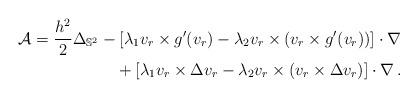
LaTeX: \begin{align*}\mathcal{A}=\frac{h^2}{2}\Delta_{\mathbb{S}^2}&-\left[\lambda_1v_r\times g'(v_r)-\lambda_2v_r\times (v_r\times g'(v_r))\right]\cdot \nabla\\&\quad+\left[\lambda_1v_r\times \Delta v_r-\lambda_2v_r\times (v_r\times \Delta v_r)\right]\cdot \nabla\, .\end{align*}